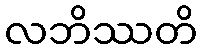
လဘိဿတိ